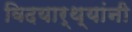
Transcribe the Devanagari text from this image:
विदयार्थ्‍यांनी